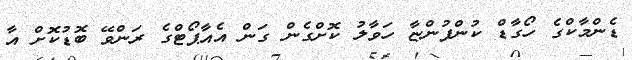
ޑެންމާކްގެ ހޯގާޑް ކުންފުންޏާ ހަވާލު ކޮށްގެން ގަން އެއާޕޯޓްގެ ރަންވޭ ބޮޑުކޮށް އާ